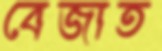
বেজাত